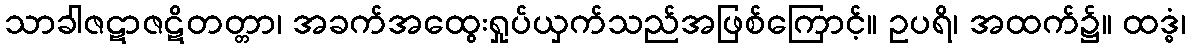
သာခါဇဋာဇဋိတတ္တာ၊ အခက်အထွေးရှုပ်ယှက်သည်အဖြစ်ကြောင့်။ ဥပရိ၊ အထက်၌။ ထဒ္ဓံ၊